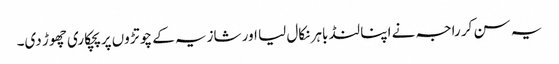
یہ سن کر راجہ نے اپنا لنڈ باہر نکال لیا اور شازیہ کے چوتڑوں پر پچکاری چھوڑ دی۔